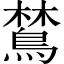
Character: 𬷞